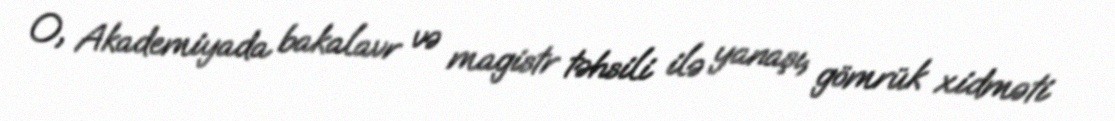
O, Akademiyada bakalavr və magistr təhsili ilə yanaşı, gömrük xidməti